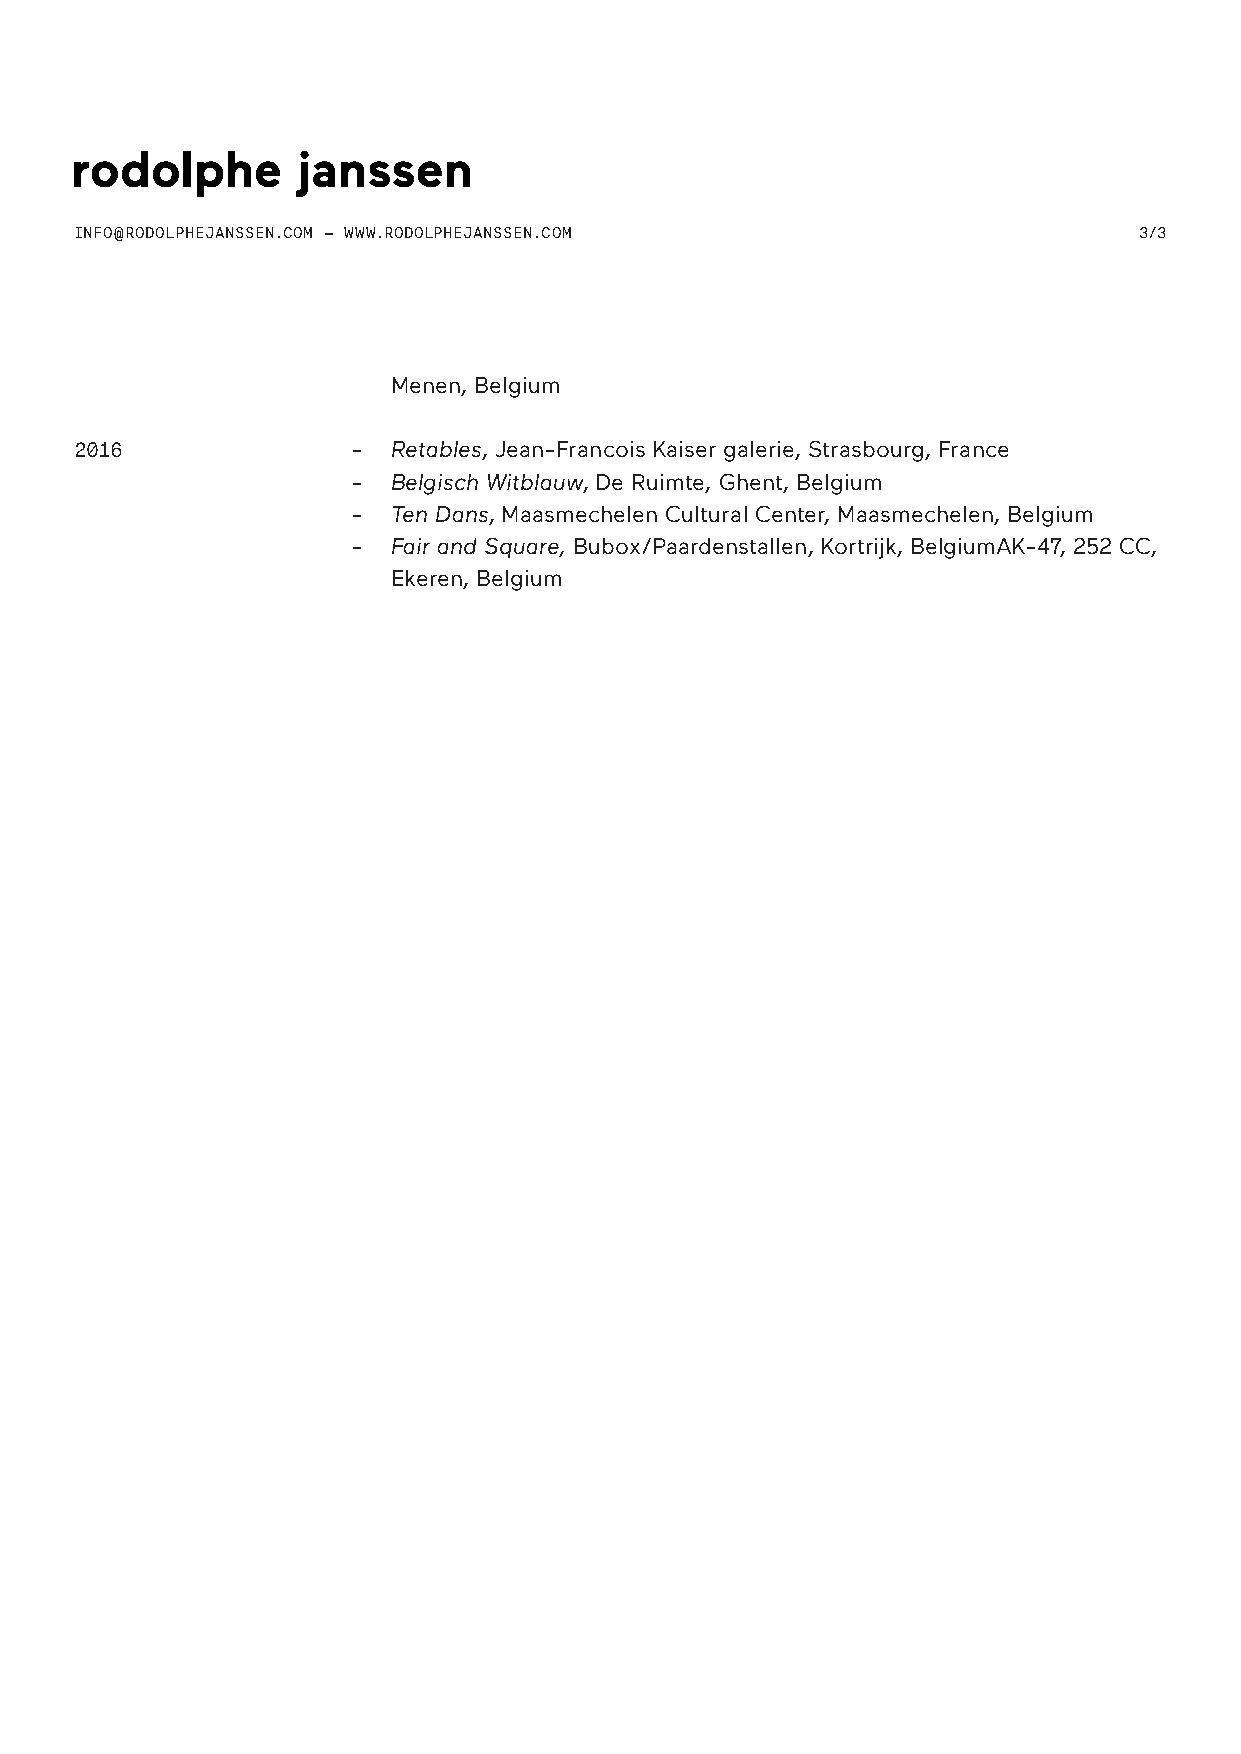
INFO@RODOLPHEJANSSEN.COM — WWW.RODOLPHEJANSSEN.COM                    3/3
 Menen, Belgium
 2016              -  Retables, Jean-Francois Kaiser galerie, Strasbourg, France
 -  Belgisch Witblauw, De Ruimte, Ghent, Belgium
 -  Ten Dans, Maasmechelen Cultural Center, Maasmechelen, Belgium
 -  Fair and Square, Bubox/Paardenstallen, Kortrijk, BelgiumAK-47, 252 CC,
 Ekeren, Belgium